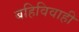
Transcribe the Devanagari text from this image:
बहिविवाही